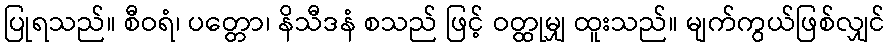
ပြုရသည်။ စီဝရံ၊ ပတ္တော၊ နိသီဒနံ စသည် ဖြင့် ဝတ္ထုမျှ ထူးသည်။ မျက်ကွယ်ဖြစ်လျှင်